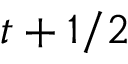
t + 1 / 2